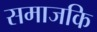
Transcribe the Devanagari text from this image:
समाजकि